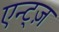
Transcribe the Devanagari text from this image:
एन्ट्ज़